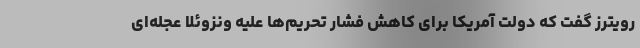
رویترز گفت که دولت آمریکا برای کاهش فشار تحریم‌ها علیه ونزوئلا عجله‌ای